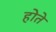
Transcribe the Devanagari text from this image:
होेते